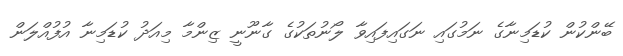
ބޭންކުން ކުޑަމިނާގެ ނަމުގައި ނަގައިފައިވާ ލޯނުތަކުގެ ގާނޫނީ ޒިންމާ މިއަދު ކުޑަމިނާ އުފުއްލަން